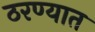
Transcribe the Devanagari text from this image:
ठरण्यात